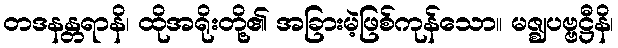
တဒနန္တရာနိ၊ ထိုအရိုးတို့၏ အခြားမဲ့ဖြစ်ကုန်သော။ မဇ္ဈပဗ္ဗဋ္ဌီနိ၊